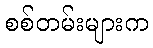
စစ်တမ်းများက